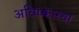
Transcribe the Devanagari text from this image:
अविष्कारचा